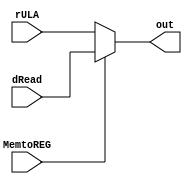
module MUX2 (
  input wire [7:0] dRead,
  input wire [7:0] rULA,
  output wire [7:0] out,
  input MemtoREG
);
  reg [7:0] regout;
  
  always @(dRead or rULA or MemtoREG)
    begin
        regout = rULA;
        if (MemtoREG) begin
            regout = dRead;
        end 
    end
  assign out = regout;
endmodule